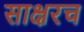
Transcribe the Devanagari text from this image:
साक्षरच